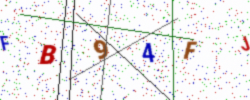
Text: FB94FJ